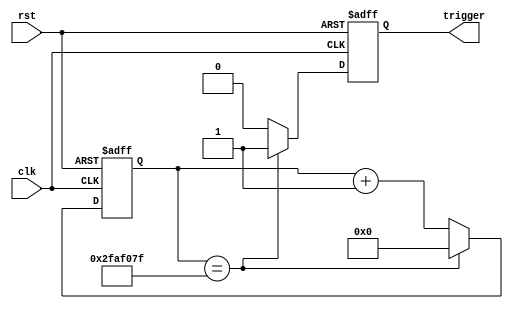
module IntervalTimer (
    input wire clk, // system clock signal
    input wire rst, // reset signal
    output reg trigger // output trigger signal
);

reg [31:0] counter; // counter to keep track of clock cycles
reg [31:0] interval = 50000000; // time interval (assuming 50MHz clock)

always @(posedge clk or posedge rst) begin
    if (rst) begin
        counter <= 0;
        trigger <= 0;
    end else begin
        if (counter == interval - 1) begin
            counter <= 0;
            trigger <= 1; // trigger output signal
        end else begin
            counter <= counter + 1;
            trigger <= 0;
        end
    end
end

endmodule